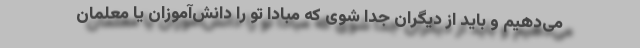
می‌دهیم و باید از دیگران جدا شوی که مبادا تو را دانش‌آموزان یا معلمان